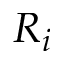
R _ { i }